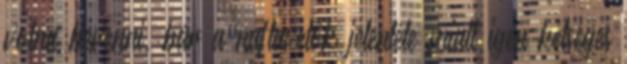
volna bevenni, bár a naftavetők jelenléte miatt igen kétséges